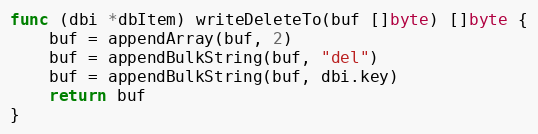
Language: Go
func (dbi *dbItem) writeDeleteTo(buf []byte) []byte {
	buf = appendArray(buf, 2)
	buf = appendBulkString(buf, "del")
	buf = appendBulkString(buf, dbi.key)
	return buf
}